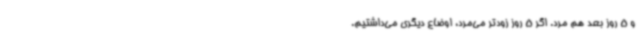
و 5 روز بعد هم مرد. اگر 5 روز زودتر می‌مرد، اوضاع دیگری می‌داشتیم.